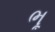
ભૂ